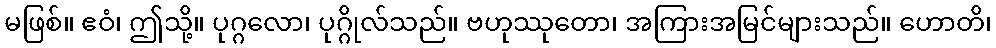
မဖြစ်။ ဧဝံ၊ ဤသို့။ ပုဂ္ဂလော၊ ပုဂ္ဂိုလ်သည်။ ဗဟုဿုတော၊ အကြားအမြင်များသည်။ ဟောတိ၊